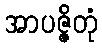
အာပဇ္ဇိတုံ